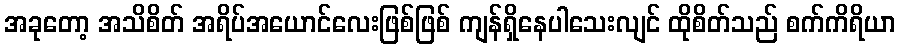
အခုတော့ အသိစိတ် အရိပ်အယောင်လေးဖြစ်ဖြစ် ကျန်ရှိနေပါသေးလျင် ထိုစိတ်သည် စက်ကိရိယာ